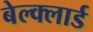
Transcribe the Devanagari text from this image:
बेल्क्लार्ड